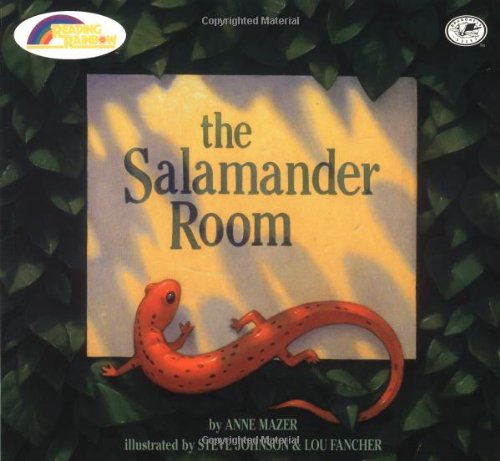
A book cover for The Salamander Room (Dragonfly Books); Anne Mazer; Children's Books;